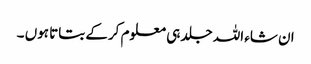
ان شاء اللہ جلد ہی معلوم کرکے بتاتا ہوں ۔